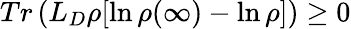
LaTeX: Tr\left(L_{D}\rho[\ln\rho(\infty)-\ln\rho]\right)\geq 0